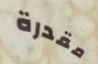
مقدرة